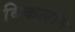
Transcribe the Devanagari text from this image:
बिकलांग